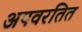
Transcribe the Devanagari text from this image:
अपवरतित